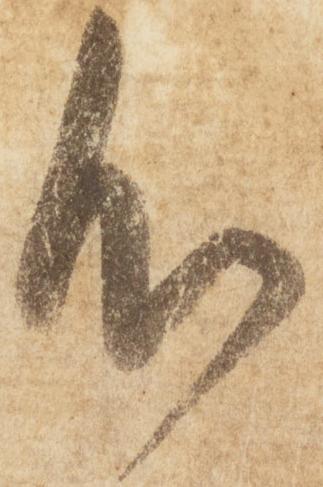
心